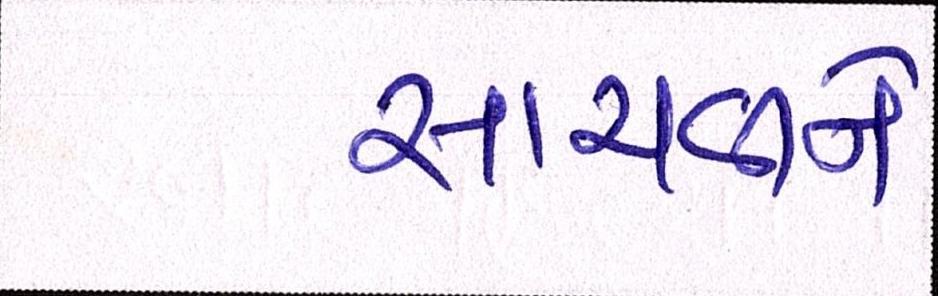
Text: સાચવીને